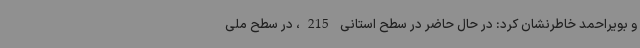
و بویراحمد خاطرنشان کرد: در حال حاضر در سطح استانی 215، در سطح ملی